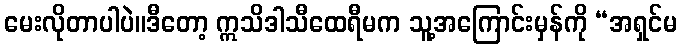
မေးလိုတာပါပဲ။ဒီတော့ ဣသိဒါသီထေရီမက သူ့အကြောင်းမှန်ကို “အရှင်မ